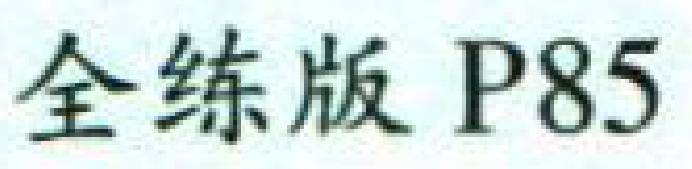
全练版 P85